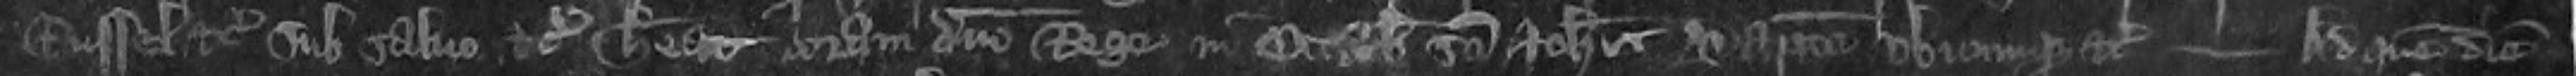
Russel etc sub salvo etc habeat coram domino Rege in Octabis Sancti Johannis Baptiste ubicumque etc --- Ad quem diem